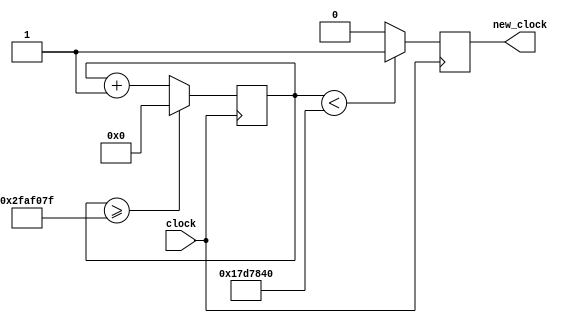
`timescale 1ns / 1ps
//////////////////////////////////////////////////////////////////////////////////
// Company: 
// Engineer: 
// 
// Design Name: 
// Module Name:    clock_divider 
// Project Name: 
// Target Devices: 
// Tool versions: 
// Description: 
//
// Dependencies: 
//
// Revision: 
// Revision 0.01 - File Created
// Additional Comments: 
//
//////////////////////////////////////////////////////////////////////////////////
module clock_divider(
    input clock,
    output reg new_clock
);

    reg[27:0] counter = 28'd0;

    `ifdef SIM_STOPWATCH
        parameter DIVISOR = 28'd2; // Divide by 2 to get faster clock to simulate full design quickly
    `else 
        parameter DIVISOR = 28'd50000000; // Divide by 50,000,000 to get 1Hz clock from 50Mhz FPGA clock
    `endif

    always @(posedge clock)
    begin
        counter <= counter + 28'd1;

        if (counter >= (DIVISOR - 1))
            counter <= 28'd0;

        if (counter < (DIVISOR / 2)) // Clock has a 50% duty cycle
            new_clock <= 1'b1; // Output is on for first half of cycle
        else
            new_clock <= 1'b0; // Output is off for second half of cycle
    
    end
endmodule